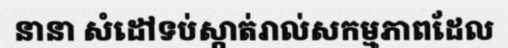
នានា សំដៅទប់ស្កាត់រាល់សកម្មភាពដែល